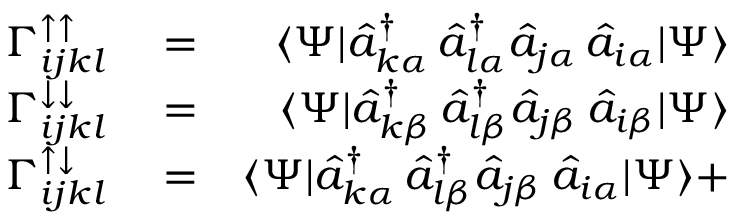
\begin{array} { r l r } { \Gamma _ { i j k l } ^ { \uparrow \uparrow } } & { { } = } & { \langle \Psi | \hat { a } _ { k \alpha } ^ { \dagger } \, \hat { a } _ { l \alpha } ^ { \dagger } \hat { a } _ { j \alpha } \, \hat { a } _ { i \alpha } | \Psi \rangle } \\ { \Gamma _ { i j k l } ^ { \downarrow \downarrow } } & { { } = } & { \langle \Psi | \hat { a } _ { k \beta } ^ { \dagger } \, \hat { a } _ { l \beta } ^ { \dagger } \hat { a } _ { j \beta } \, \hat { a } _ { i \beta } | \Psi \rangle } \\ { \Gamma _ { i j k l } ^ { \uparrow \downarrow } } & { { } = } & { \langle \Psi | \hat { a } _ { k \alpha } ^ { \dagger } \, \hat { a } _ { l \beta } ^ { \dagger } \hat { a } _ { j \beta } \, \hat { a } _ { i \alpha } | \Psi \rangle + } \end{array}